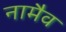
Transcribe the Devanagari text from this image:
नामैव